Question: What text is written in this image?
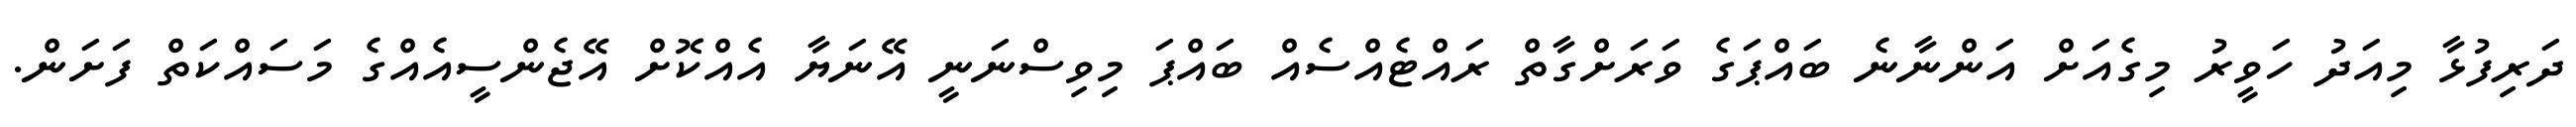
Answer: ދަރިފުޅާ މިއަދު ހަވީރު މިގެއަށް އަންނާނެ ބައްޕަގެ ވަރަށްގާތް ރައްޓެއްސެއް ބައްޕަ މިވިސްނަނީ އޭނަޔާ އެއްކޮށް އޭޖެންސީއެއްގެ މަސައްކަތް ފަށަން.